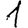
Digit: 1